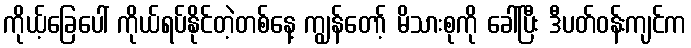
ကိုယ့်ခြေပေါ် ကိုယ်ရပ်နိုင်တဲ့တစ်နေ့ ကျွန်တော့် မိသားစုကို ခေါ်ပြီး ဒီပတ်ဝန်းကျင်က